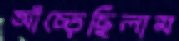
আঁচ্‌ড়েছিলাম